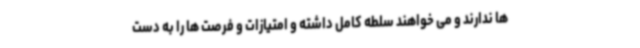
ها ندارند و می خواهند سلطه کامل داشته و امتیازات و فرصت ها را به دست